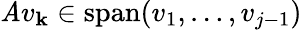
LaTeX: \mathit{A}v_{\mathbf{k}}\in\operatorname{span}(v_{1},\ldots,v_{j-1})